Annual report on the working of the mental hospitals in the Madras Presidency - 1912-1932
Year: 1912
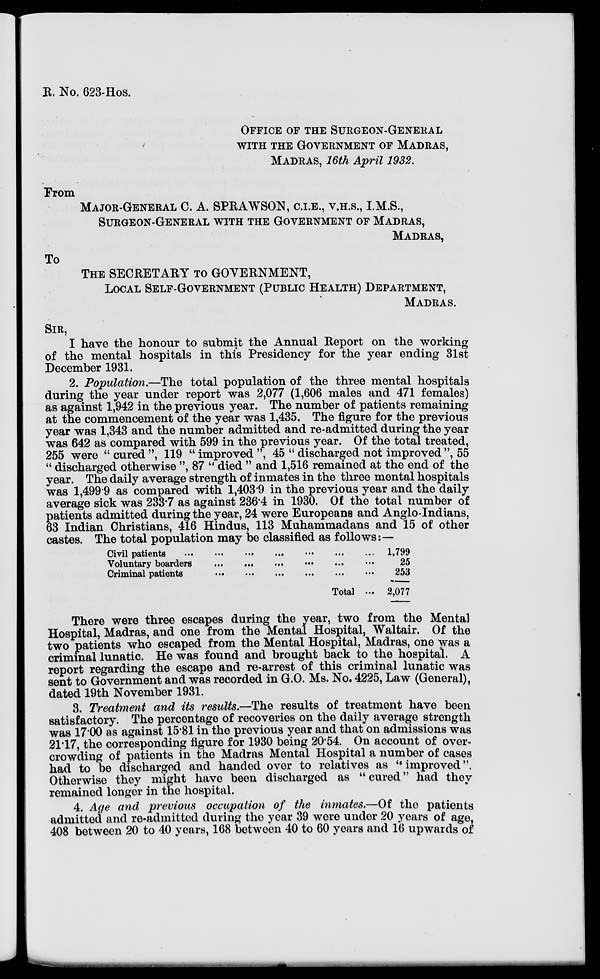
R. No. 623-Hos.
OFFICE OF THE SURGEON-GENERAL
WITH THE GOVERNMENT OF MADRAS,
MADRAS, 16th April 1932.
From
MAJOR-GENERAL C. A. SPRAWSON, C.I.E., V.H.S., I.M.S.,
SURGEON-GENERAL WITH THE GOVERNMENT OF MADRAS,
MADRAS,
To
THE SECRETARY TO GOVERNMENT,
LOCAL SELF-GOVERNMENT (PUBLIC HEALTH) DEPARTMENT,
MADRAS.
SIR,
I have the honour to submit the Annual Report on the working
of the mental hospitals in this Presidency for the year ending 31st
December 1931.
2. Population.—The total population of the three mental hospitals
during the year under report was 2,077 (1,606 males and 471 females)
as against 1,942 in the previous year. The number of patients remaining
at the commencement of the year was 1,435. The figure for the previous
year was 1,343 and the number admitted and re-admitted during the year
was 642 as compared with 599 in the previous year. Of the total treated,
255 were " cured ", 119 " improved ", 45 " discharged not improved ", 55
" discharged otherwise ", 87 " died " and 1,516 remained at the end of the
year. The daily average strength of inmates in the three mental hospitals
was 1,499.9 as compared with 1,403.9 in the previous year and the daily
average sick was 233.7 as against 236.4 in 1930. Of the total number of
patients admitted during the year, 24 were Europeans and Anglo-Indians,
63 Indian Christians, 416 Hindus, 113 Muhammadans and 15 of other
castes. The total population may be classified as follows:—
Civil patients
...
...
...
...
...
...
...
Voluntary boarders
...
...
...
...
...
...
Criminal patients
...
...
...
...
...
...
Total ...
1,799
25
253
2,077
There were three escapes during the year, two from the Mental
Hospital, Madras, and one from the Mental Hospital, Waltair. Of the
two patients who escaped from the Mental Hospital, Madras, one was a
criminal lunatic. He was found and brought back to the hospital. A
report regarding the escape and re-arrest of this criminal lunatic was
sent to Government and was recorded in G.O. Ms. No. 4225, Law (General),
dated 19th November 1931.
3. Treatment and its results.—The results of treatment have been
satisfactory. The percentage of recoveries on the daily average strength
was 17.00 as against 15.81 in the previous year and that on admissions was
21.17 the corresponding figure for 1930 being 20.54. On account of over-
crowding of patients in the Madras Mental Hospital a number of cases
had to be discharged and handed over to relatives as " improved".
Otherwise they might have been discharged as "cured" had they
remained longer in the hospital.
4. Age and previous occupation of the inmates.—Of the patients
admitted and re-admitted during the year 39 were under 20 years of age,
408 between 20 to 40 years, 168 between 40 to 60 years and 16 upwards of